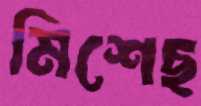
মিশেছ